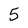
Character: 5